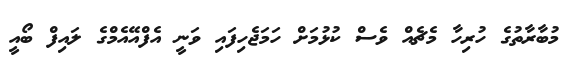
މުބާރާތުގެ ހުރިހާ މެޗެއް ވެސް ކުޅުމަށް ހަމަޖެހިފައި ވަނީ އެފްއޭއެމްގެ ލައިފް ބޯއީ